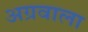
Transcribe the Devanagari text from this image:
अग्रवाला